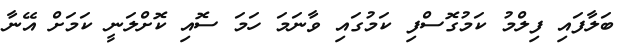
ބަލާފައި ފިލްމު ކަމުގޮސްފި ކަމުގައި ވާނަމަ ހަމަ ސޮއި ކޮށްލަނީ ކަމަށް އޭނާ